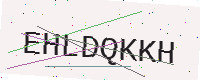
Text: EHLDQKKH